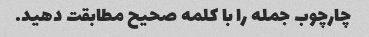
چارچوب جمله را با کلمه صحیح مطابقت دهید.